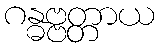
ဂန္ဓဗ္ဗတ္တာယ